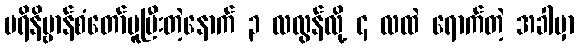
ပရိနိဗ္ဗာန်စံတော်မူပြီးတဲ့နောက် ၃ လလွန်လို့ ၄ လထဲ ရောက်တဲ့ အခါမှာ